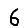
Digit: 6